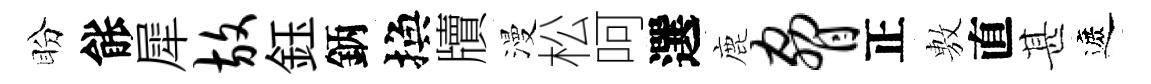
盼䏻犀放鈺鈵換牘漫松呵選鹿胁正𢾾直甚遮